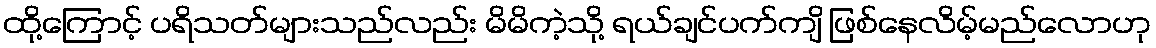
ထို့ကြောင့် ပရိသတ်များသည်လည်း မိမိကဲ့သို့ ရယ်ချင်ပက်ကျိ ဖြစ်နေလိမ့်မည်လောဟု